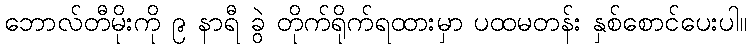
ဘောလ်တီမိုးကို ၉ နာရီ ခွဲ တိုက်ရိုက်ရထားမှာ ပထမတန်း နှစ်စောင်ပေးပါ။